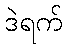
ဒဲရက်